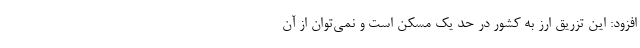
افزود: این تزریق ارز به کشور در حد یک مُسِکن است و نمی‌توان از آن